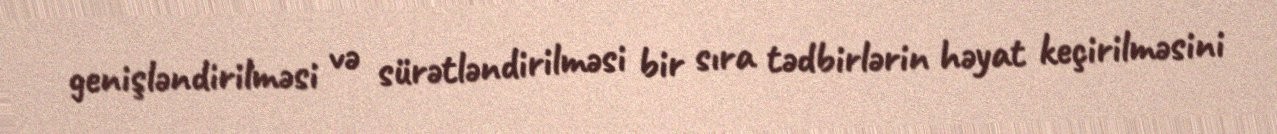
genişləndirilməsi və sürətləndirilməsi bir sıra tədbirlərin həyat keçirilməsini